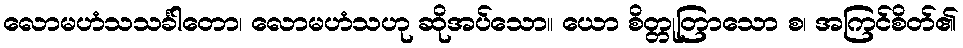
လောမဟံသသင်္ခါတော၊ လောမဟံသဟု ဆိုအပ်သော။ ယော စိတ္တုတြာသော စ၊ အကြင်စိတ်၏